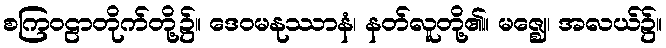
စကြဝဠာတိုက်တို့၌။ ဒေဝမနုဿာနံ၊ နတ်လူတို့၏။ မဇ္ဈေ၊ အလယ်၌။